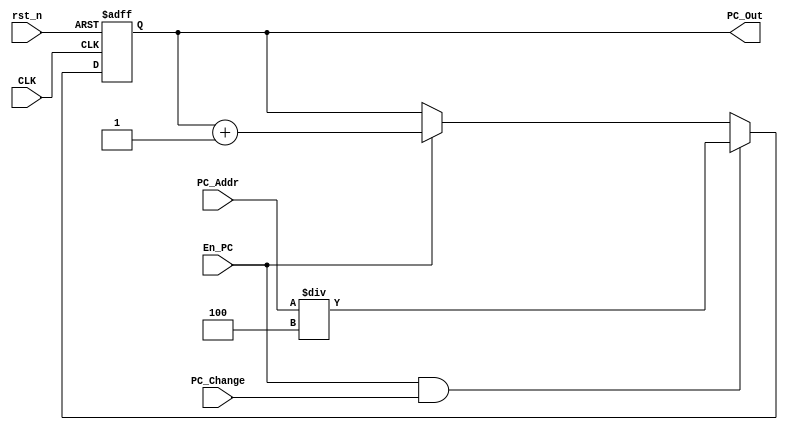
module PC (
    // input
    input wire        CLK,
    input wire        rst_n,
    input wire [31:0] PC_Addr,
    input wire        En_PC,
    input wire        PC_Change,
    // output
    output reg [31:0] PC_Out     
);

always @(posedge CLK,negedge rst_n) begin
    if (!rst_n) begin
        PC_Out <= 32'b0;
    end
    else if (En_PC && PC_Change) begin
        PC_Out <= PC_Addr/4;
    end
    else if (En_PC) begin
        PC_Out <= PC_Out + 1'b1;
    end
end


endmodule